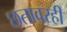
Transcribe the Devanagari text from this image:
छतावरही